Annual report of the Bengal Veterinary College and of the Civil Veterinary Department, Bengal, for the year 1920-21 - 1920-1921
Year: 1920
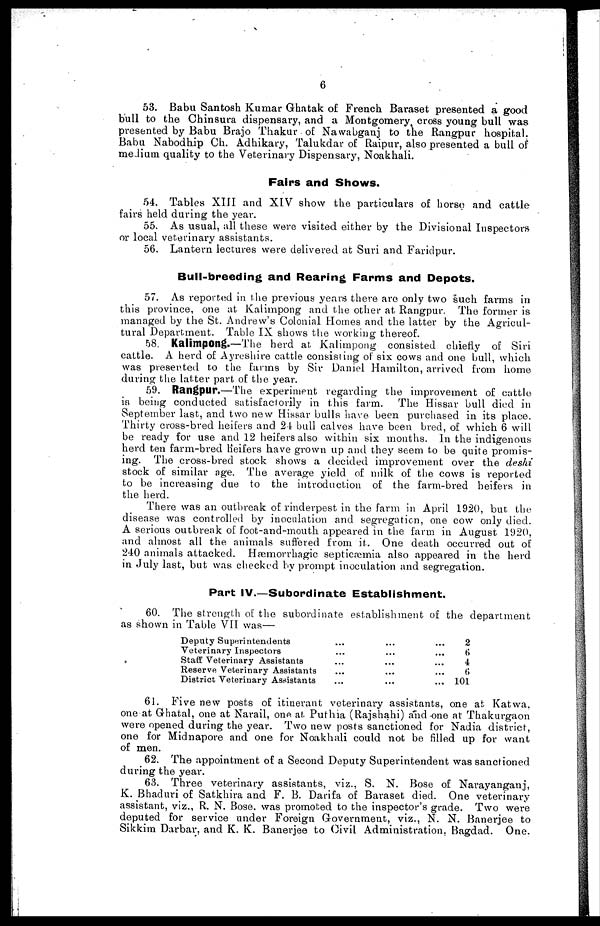
6
53. Babu Santosh Kumar Ghatak of French Baraset presented a good
bull to the Chinsura dispensary, and a Montgomery cross young bull was
presented by Babu Brajo Thakur of Nawabganj to the Rangpur hospital.
Babu Nabodhip Ch. Adhikary, Talukdar of Raipur, also presented a bull of
medium quality to the Veterinary Dispensary, Noakhali.
Fairs and Shows.
54. Tables XIII and XIV show the particulars of horse and cattle
fairs held during the year.
55. As usual, all these were visited either by the Divisional Inspectors
or local veterinary assistants.
56. Lantern lectures were delivered at Suri and Faridpur.
Bull-breeding and Rearing Farms and Depots.
57. As reported in the previous years there are only two such farms in
this province, one at Kalimpong and the other at Rangpur. The former is
managed by the St. Andrew's Colonial Homes and the latter by the Agricul-
tural Department. Table IX shows the working thereof.
58. Kalimpong.—The herd at Kalimpong consisted chiefly of Siri
cattle. A herd of Ayreshire cattle consisting of six cows and one bull, which
was presented to the farms by Sir Daniel Hamilton, arrived from home
during the latter part of the year.
59. Rangpur.—The experiment regarding the improvement of cattle
is being conducted satisfactorily in this farm. The Hissar bull died in
September last, and two new Hissar bulls have been purchased in its place.
Thirty cross-bred heifers and 24 bull calves have been bred, of which 6 will
be ready for use and 12 heifers also within six months. In the indigenous
herd ten farm-bred heifers have grown up and they seem to be quite promis-
ing. The cross-bred stock shows a decided improvement over the deshi
stock of similar age. The average yield of milk of the cows is reported
to be increasing due to the introduction of the farm-bred heifers in
the herd.
There was an outbreak of rinderpest in the farm in April 1920, but the
disease was controlled by inoculation and segregation, one cow only died.
A serious outbreak of foot-and-mouth appeared in the farm in August 1920,
and almost all the animals suffered from it. One death occurred out of
240 animals attacked. Hæmorrhagic septicæmia also appeared in the herd
in July last, but was checked by prompt inoculation and segregation.
Part IV.—Subordinate Establishment.
60. The strength of the subordinate establishment of the department
as shown in Table VII was—
Deputy Superintendents
Veterinary Inspectors
Staff Veterinary Assistants
Reserve Veterinary Assistants
District Veterinary Assistants
...
...
...
...
...
...
...
...
...
...
...
...
...
...
...
2
6
4
6
101
61. Five new posts of itinerant veterinary assistants, one at Katwa,
one at Ghatal, one at Narail, one at Puthia (Rajshahi) and one at Thakurgaon
were opened during the year. Two new posts sanctioned for Nadia district,
one for Midnapore and one for Noakhali could not be filled up for want
of men.
62. The appointment of a Second Deputy Superintendent was sanctioned
during the year.
63. Three veterinary assistants, viz., S. N. Bose of Narayanganj,
K. Bhaduri of Satkhira and F. B. Darifa of Baraset died. One veterinary
assistant, viz., R. N. Bose was promoted to the inspector's grade. Two were
deputed for service under Foreign Government, viz., N. N. Banerjee to
Sikkim Darbar, and K. K. Banerjee to Civil Administration, Bagdad. One.